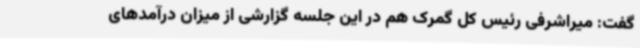
گفت: میراشرفی رئیس کل گمرک هم در این جلسه گزارشی از میزان درآمدهای